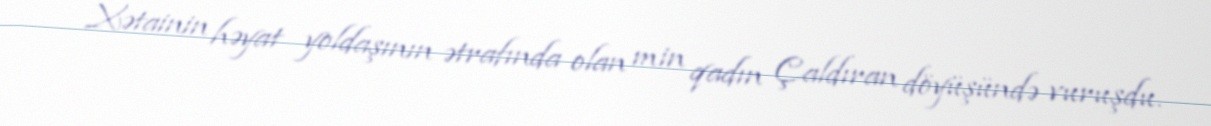
Xətainin həyat yoldaşının ətrafında olan min qadın Çaldıran döyüşündə vuruşdu.